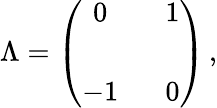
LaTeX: \Lambda=\left(\begin{array}{cc}{{0}}&{{\, \, \, \, 1}}\\ {{}}&{{}}\\ {{-1}}&{{\, \, \, \, 0}}\end{array}\right)\, ,